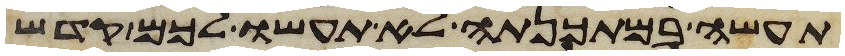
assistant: תעשה במתכנתה לא תעשו לכם קדש